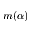
m ( \alpha )